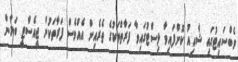
ވެބްސައިޓުގައި ޝާއިއު ކޮށްފައިވާ ލިސްޓުގައިވާ ފަރާތްތަކުގެ ތެރެއިން އެއްވެސް ފަރާތަކުން ޖީއެސްޓީ ބަޔާން